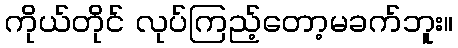
ကိုယ်တိုင် လုပ်ကြည့်တော့မခက်ဘူး။